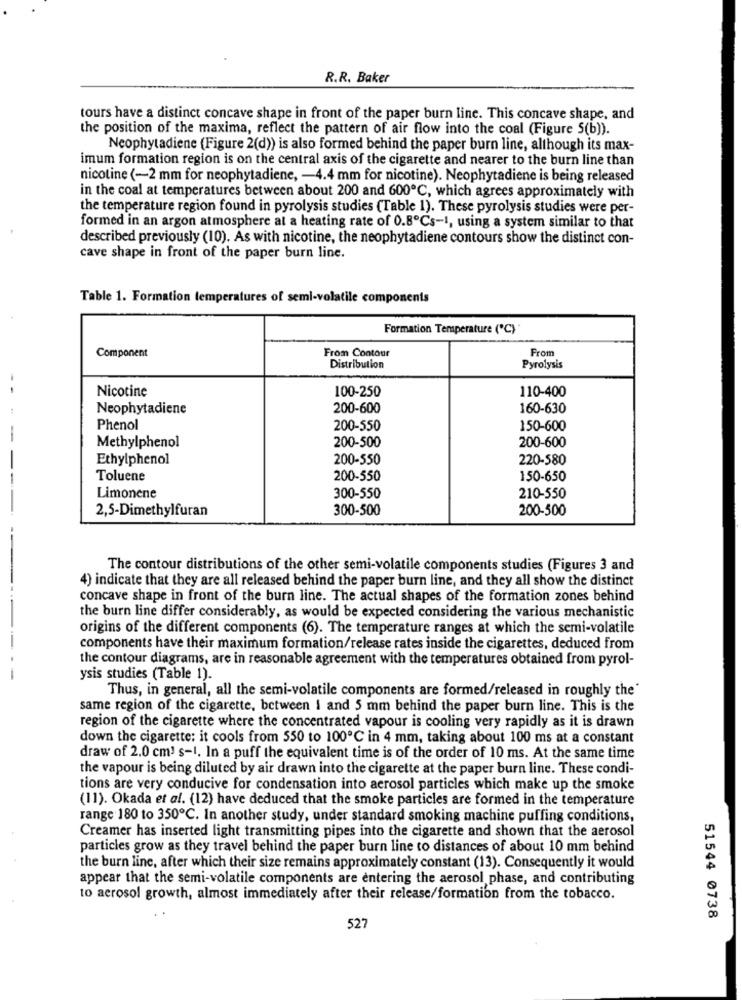
R.R. Baker
tours have a distinct concave shape in front of the paper burn line. This concave shape, and
the position of the maxima, reflect the pattern of air flow into the coal (Figure S(b)).
Neophytadiene (Figure 2(d)) is also formed behind the paper burn line, although its max-
imum formation region is on the central axis of the cigarette and nearer to the burn line than
nicotine (-2 mm for neophytadiene, - 4.4 mm for nicotine). Neophytadiene is being released
in the coal at temperatures between about 200 and 600℃, which agrees approximately with
the temperature region found in pyrolysis studies (Table 1). These pyrolysis studies were per-
formed in an argon atmosphere at a heating rate of 0.8℃s-1, using a system similar to that
described previously (10). As with nicotine, the neophytadiene contours show the distinct con-
cave shape in front of the paper burn line.
Table 1. Formation temperatures of semi-volatile components
Formation Temperature ("℃)
Component
From Contour
From
Distribution
Pyrolysis
Nicotine
100-250
110-400
Neophytadiene
200-600
160-630
Phenol
200-550
150-600
Methylphenol
200-500
200-600
Ethylphenol
200-550
220-580
Toluene
200-550
150-650
Limonene
300-550
210-550
2,5-Dimethylfuran
300-500
200-500
The contour distributions of the other semi-volatile components studies (Figures 3 and
4) indicate that they are all released behind the paper burn line, and they all show the distinct
concave shape in front of the burn line. The actual shapes of the formation zones behind
the burn line differ considerably, as would be expected considering the various mechanistic
origins of the different components (6). The temperature ranges at which the semi-volatile
components have their maximum formation/release rates inside the cigarettes, deduced from
the contour diagrams, are in reasonable agreement with the temperatures obtained from pyrol-
ysis studies (Table 1).
Thus, in general, all the semi-volatile components are formed/released in roughly the'
same region of the cigarette, between I and 5 mm behind the paper burn line. This is the
region of the cigarette where the concentrated vapour is cooling very rapidly as it is drawn
down the cigarette: it cools from 550 to 100℃ in 4 mm, taking about 100 ms at a constant
draw of 2.0 cm! s-1. In a puff the equivalent time is of the order of 10 ms. At the same time
the vapour is being diluted by air drawn into the cigarette at the paper burn line. These condi-
tions are very conducive for condensation into aerosol particles which make up the smoke
(11). Okada et al. (12) have deduced that the smoke particles are formed in the temperature
range 180 to 350℃. In another study, under standard smoking machine puffing conditions,
Creamer has inserted light transmitting pipes into the cigarette and shown that the aerosol
particles grow as they travel behind the paper burn line to distances of about 10 mm behind
the burn line, after which their size remains approximately constant (13). Consequently it would
appear that the semi-volatile components are entering the aerosol phase, and contributing
to aerosol growth, almost immediately after their release/formation from the tobacco.
51544 0738
527